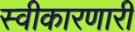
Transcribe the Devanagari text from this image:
स्वीकारणारी